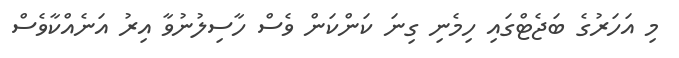
މި އަހަރުގެ ބަޖެޓްގައި ހިމެނި ގިނަ ކަންކަން ވެސް ހާސިލުނުވާ އިރު އަނެއްކާވެސް